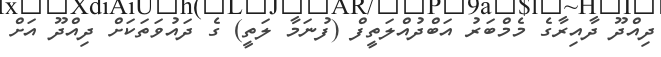
ދިއްދޫ ދާއިރާގެ މެމްބަރު އަބްދުއްލަތީފް (ފުނަމާ ލަތީ) ގެ ދައުވަތަކަށް ދިއްދޫ އަށް